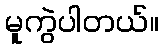
မူကွဲပါတယ်။